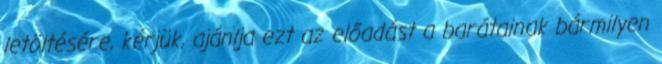
letöltésére, kérjük, ajánlja ezt az előadást a barátainak bármilyen